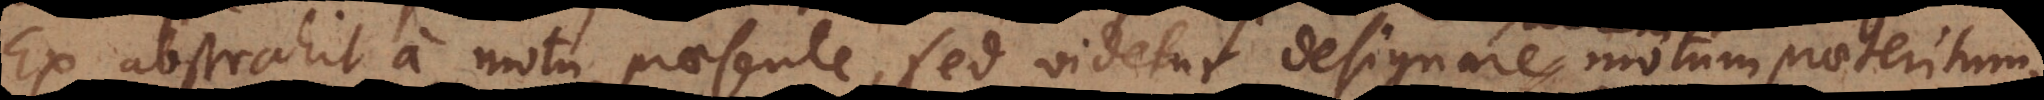
Ex abstrahit a motu praesente, sed videtur designare motum praeteritum,